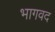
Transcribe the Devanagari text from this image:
भागवद